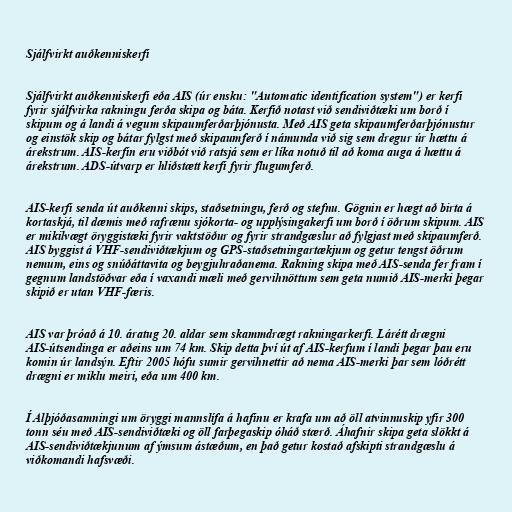
Sjálfvirkt auðkenniskerfi

Sjálfvirkt auðkenniskerfi eða AIS (úr ensku: "Automatic identification system") er kerfi
fyrir sjálfvirka rakningu ferða skipa og báta. Kerfið notast við sendiviðtæki um borð í
skipum og á landi á vegum skipaumferðarþjónusta. Með AIS geta skipaumferðarþjónustur
og einstök skip og bátar fylgst með skipaumferð í námunda við sig sem dregur úr hættu á
árekstrum. AIS-kerfin eru viðbót við ratsjá sem er líka notuð til að koma auga á hættu á
árekstrum. ADS-útvarp er hliðstætt kerfi fyrir flugumferð.

AIS-kerfi senda út auðkenni skips, staðsetningu, ferð og stefnu. Gögnin er hægt að birta á
kortaskjá, til dæmis með rafrænu sjókorta- og upplýsingakerfi um borð í öðrum skipum. AIS
er mikilvægt öryggistæki fyrir vaktstöður og fyrir strandgæslur að fylgjast með skipaumferð.
AIS byggist á VHF-sendiviðtækjum og GPS-staðsetningartækjum og getur tengst öðrum
nemum, eins og snúðáttavita og beygjuhraðanema. Rakning skipa með AIS-senda fer fram í
gegnum landstöðvar eða í vaxandi mæli með gervihnöttum sem geta numið AIS-merki þegar
skipið er utan VHF-færis.

AIS var þróað á 10. áratug 20. aldar sem skammdrægt rakningarkerfi. Lárétt drægni
AIS-útsendinga er aðeins um 74 km. Skip detta því út af AIS-kerfum í landi þegar þau eru
komin úr landsýn. Eftir 2005 hófu sumir gervihnettir að nema AIS-merki þar sem lóðrétt
drægni er miklu meiri, eða um 400 km.

Í Alþjóðasamningi um öryggi mannslífa á hafinu er krafa um að öll atvinnuskip yfir 300
tonn séu með AIS-sendiviðtæki og öll farþegaskip óháð stærð. Áhafnir skipa geta slökkt á
AIS-sendiviðtækjunum af ýmsum ástæðum, en það getur kostað afskipti strandgæslu á
viðkomandi hafsvæði.